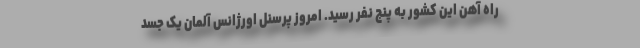
راه آهن این کشور به پنج نفر رسید. امروز پرسنل اورژانس آلمان یک جسد